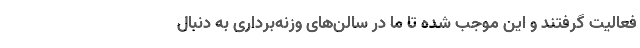
فعالیت گرفتند و این موجب شده تا ما در سالن‌های وزنه‌برداری به دنبال